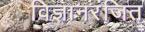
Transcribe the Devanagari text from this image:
विज्ञानरंजित